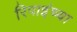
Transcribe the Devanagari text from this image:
रिपाइंच्या